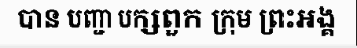
បាន បញ្ជា បក្សពួក ក្រុម ព្រះអង្គ